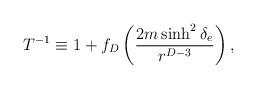
LaTeX: \begin{align*}T^{-1}\equiv 1+f_D\left({{2m\sinh^2\delta_e}\over{r^{D-3}}}\right), \end{align*}